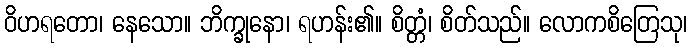
ဝိဟရတော၊ နေသော။ ဘိက္ခုနော၊ ရဟန်း၏။ စိတ္တံ၊ စိတ်သည်။ လောကစိတြေသု၊